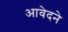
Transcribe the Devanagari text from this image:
आवेदने